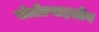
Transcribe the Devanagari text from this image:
पोलीएथाइलीन